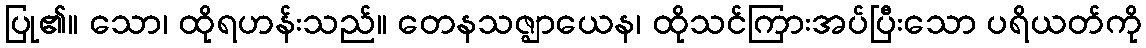
ပြု၏။ သော၊ ထိုရဟန်းသည်။ တေနသဇ္ဈာယေန၊ ထိုသင်ကြားအပ်ပြီးသော ပရိယတ်ကို